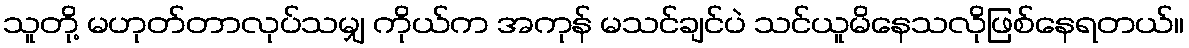
သူတို့ မဟုတ်တာလုပ်သမျှ ကိုယ်က အကုန် မသင်ချင်ပဲ သင်ယူမိနေသလိုဖြစ်နေရတယ်။